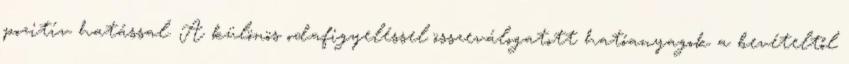
pozitív hatással. A különös odafigyeléssel összeválogatott hatóanyagok a bevételtől